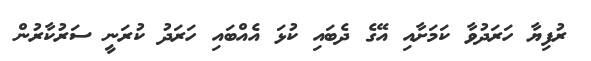
ރުފިޔާ ހަރަދުވާ ކަމަށާއި އޭގެ ދެބައި ކުޅަ އެއްބައި ހަރަދު ކުރަނީ ސަރުކާރުން